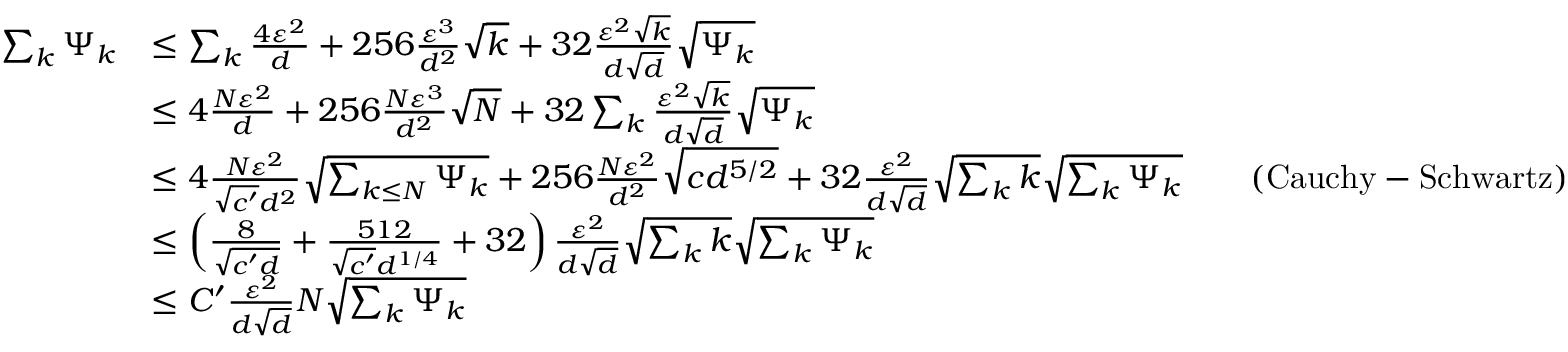
\begin{array} { r l r l } { \sum _ { k } \Psi _ { k } } & { \le \sum _ { k } \frac { 4 \varepsilon ^ { 2 } } { d } + 2 5 6 \frac { \varepsilon ^ { 3 } } { d ^ { 2 } } \sqrt { k } + 3 2 \frac { \varepsilon ^ { 2 } \sqrt { k } } { d \sqrt { d } } \sqrt { \Psi _ { k } } } \\ & { \le 4 \frac { N \varepsilon ^ { 2 } } { d } + 2 5 6 \frac { N \varepsilon ^ { 3 } } { d ^ { 2 } } \sqrt { N } + 3 2 \sum _ { k } \frac { \varepsilon ^ { 2 } \sqrt { k } } { d \sqrt { d } } \sqrt { \Psi _ { k } } } \\ & { \le 4 \frac { N \varepsilon ^ { 2 } } { \sqrt { c ^ { \prime } } d ^ { 2 } } \sqrt { \sum _ { k \le N } \Psi _ { k } } + 2 5 6 \frac { N \varepsilon ^ { 2 } } { d ^ { 2 } } \sqrt { c d ^ { 5 / 2 } } + 3 2 \frac { \varepsilon ^ { 2 } } { d \sqrt { d } } \sqrt { \sum _ { k } k } \sqrt { \sum _ { k } \Psi _ { k } } } & & { ( \mathrm { C a u c h y - S c h w a r t z } ) } \\ & { \le \left( \frac { 8 } { \sqrt { c ^ { \prime } d } } + \frac { 5 1 2 } { \sqrt { c ^ { \prime } } d ^ { 1 / 4 } } + 3 2 \right) \frac { \varepsilon ^ { 2 } } { d \sqrt { d } } \sqrt { \sum _ { k } k } \sqrt { \sum _ { k } \Psi _ { k } } } \\ & { \le C ^ { \prime } \frac { \varepsilon ^ { 2 } } { d \sqrt { d } } N \sqrt { \sum _ { k } \Psi _ { k } } } \end{array}